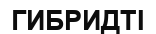
ГИБРИДТІ